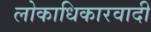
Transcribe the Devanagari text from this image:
लोकाधिकारवादी